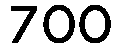
700